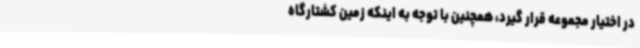
در اختیار مجموعه قرار گیرد، همچنین با توجه به اینکه زمین کشتارگاه